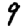
Digit: 9